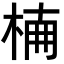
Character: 𣔎